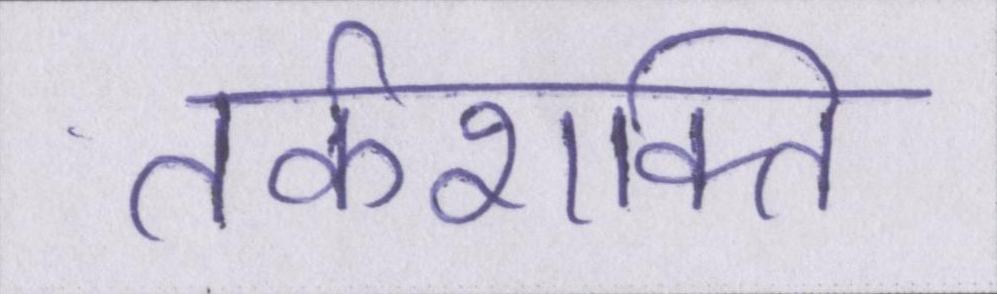
तर्कशक्ति